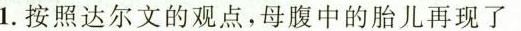
1.按照达尔文的观点，母腹中的胎儿再现了